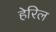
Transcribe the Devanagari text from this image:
हेरिल